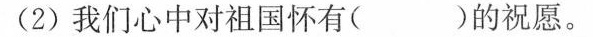
(2)我们心中对祖国怀有( )的祝愿。